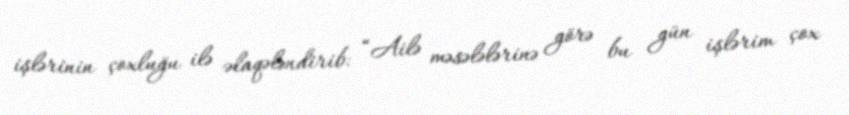
işlərinin çoxluğu ilə əlaqələndirib: “Ailə məsələlərinə görə bu gün işlərim çox